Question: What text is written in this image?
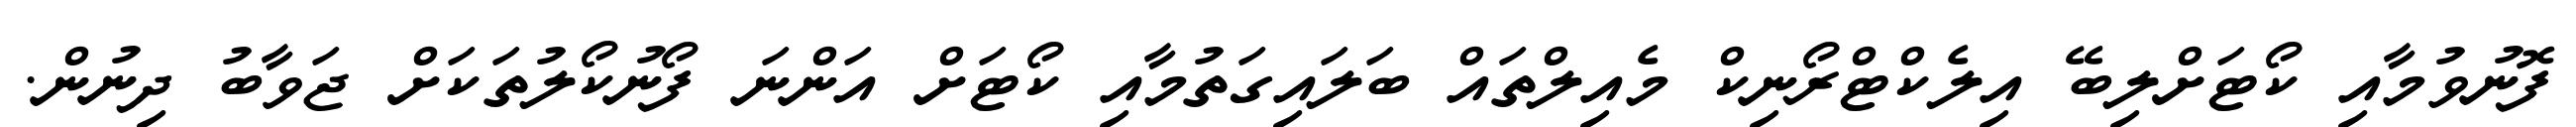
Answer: ފޮނުވުމާއި ކޯޓަށްލިބޭ އިލެކްޓްރޯނިކް މެއިލްތައް ބަލައިގަތުމާއި ކޯޓަށް އަންނަ ފޯނުކޯލުތަކަށް ޖަވާބު ދިނުން.